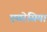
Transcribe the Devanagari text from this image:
एयरेसिया